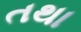
તથા